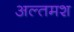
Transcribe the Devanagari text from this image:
अल्‍तमश